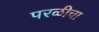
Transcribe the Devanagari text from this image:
परळीचा